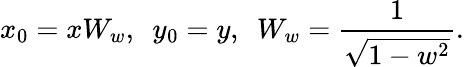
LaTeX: x_{0}=xW_{w},~~y_{0}=y,~~W_{w}=\frac{1}{\sqrt{1-w^{2}}}.